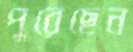
পুরেছেন